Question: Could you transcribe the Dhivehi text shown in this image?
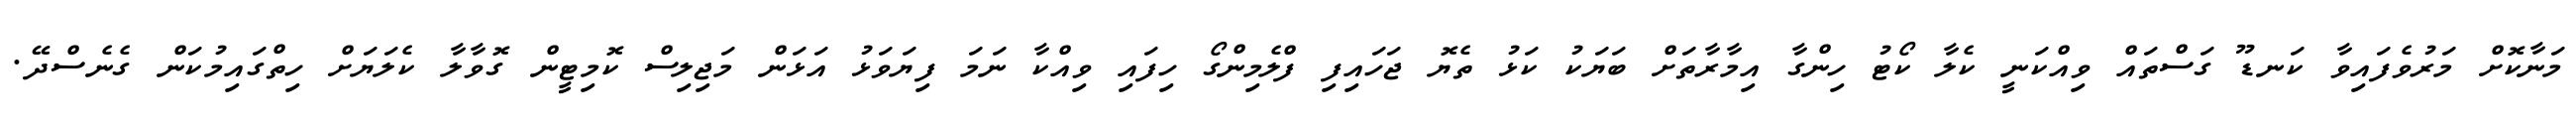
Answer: މަނާކޮށް މަރުވެފައިވާ ކަނޑޫ ގަސްތައް ވިއްކަނީ ކެލާ ކޯޓު ހިންގާ އިމާރާތަށް ބަޔަކު ކަޅު ތެޔޮ ޖަހައިފި ފްލެމިންގޯ ހިފައި ވިއްކާ ނަމަ ފިޔަވަޅު އަޅަން މަޖިލިސް ކޮމިޓީން ގޮވާލާ ކެލަޔަށް ހިތްގައިމުކަން ގެނެސްދޭ.